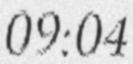
09:04